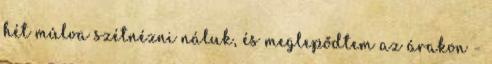
hét múlva szétnézni náluk, és meglepődtem az árakon -